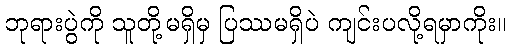
ဘုရားပွဲကို သူတို့မရှိမှ ပြဿမရှိပဲ ကျင်းပလို့ရမှာကိုး။